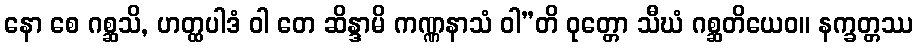
နော စေ ဂစ္ဆသိ, ဟတ္ထပါဒံ ဝါ တေ ဆိန္ဒာမိ ကဏ္ဏနာသံ ဝါ”တိ ဝုတ္တော သီဃံ ဂစ္ဆတိယေဝ။ နက္ခတ္တဿ